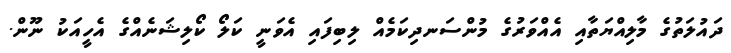
ދައުލަތުގެ މާލިއްޔަތާއި އެއްވަރުގެ މުންސަނދިކަމެއް ލިބިފައި އެވަނީ ކަލޯ ކޯލިޝަނެއްގެ އެހީއަކު ނޫން.